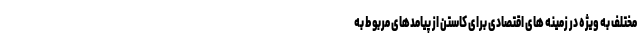
مختلف به ویژه در زمینه های اقتصادی برای کاستن از پیامدهای مربوط به